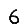
Digit: 6